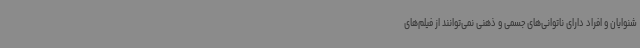
شنوایان و افراد دارای ناتوانی‌های جسمی و ذهنی نمی‌توانند از فیلم‌های